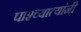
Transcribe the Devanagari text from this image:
पाश्च्यात्यांनी